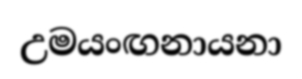
උමයංඟනායනා